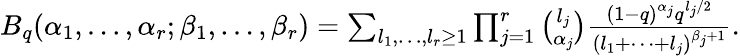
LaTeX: \begin{array}{r}{B_{q}(\alpha_{1},\ldots,\alpha_{r};\beta_{1},\ldots,\beta_{r})=\sum_{l_{1},\ldots,l_{r}\ge 1}\prod_{j=1}^{r}\binom{l_{j}}{\alpha_{j}}\frac{(1-q)^{\alpha_{j}}q^{l_{j}/2}}{(l_{1}+\cdots+l_{j})^{\beta_{j}+1}}.}\end{array}